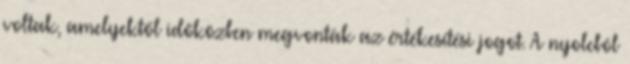
voltak, amelyektől időközben megvonták az értékesítési jogot. A nyolcból